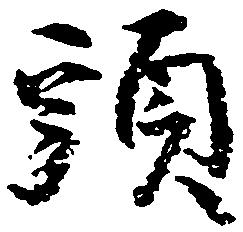
頭